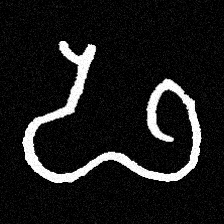
Pyu character \u2014 Myanmar letter: ဖ (romanized: pha)